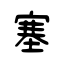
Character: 塞